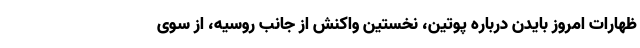
ظهارات امروز بایدن درباره پوتین، نخستین واکنش از جانب روسیه، از سوی